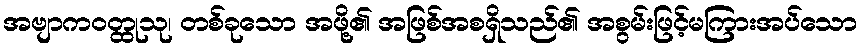
အဗျာကဝတ္ထုသု၊ တစ်ခုသော အဖို့၏ အဖြစ်အစရှိသည်၏ အစွမ်းဖြင့်မကြားအပ်သော